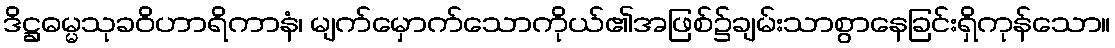
ဒိဋ္ဌဓမ္မသုခဝိဟာရိကာနံ၊ မျက်မှောက်သောကိုယ်၏အဖြစ်၌ချမ်းသာစွာနေခြင်းရှိကုန်သော။